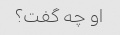
او چه گفت؟